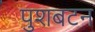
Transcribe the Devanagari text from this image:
पुशबटन